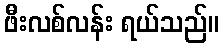
ဖီးလစ်လန်း ရယ်သည်။